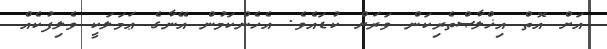
އަށް އޮތް އިޚްލާޞްތެރިކަން ވަރަށް ކުޑައެވެ. އެހެންކަމުން އޭނާގެ ޢަމަލަކީ ވެލިފުކެއް